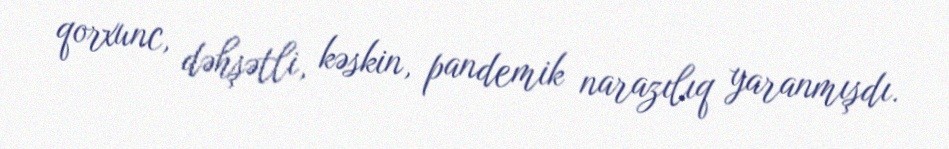
qorxunc, dəhşətli, kəskin, pandemik narazılıq yaranmışdı.